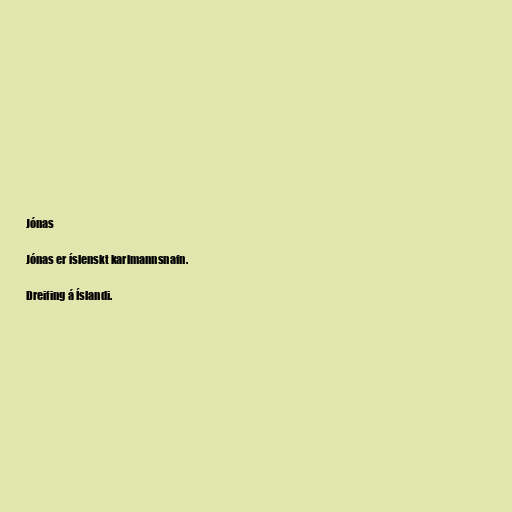
Jónas

Jónas er íslenskt karlmannsnafn.

Dreifing á Íslandi.